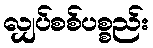
လျှပ်စစ်ပစ္စည်း